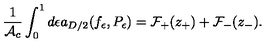
{ \frac { 1 } { { \cal A } _ { c } } } \int _ { 0 } ^ { 1 } d \epsilon a _ { D / 2 } ( f _ { \epsilon } , P _ { \epsilon } ) = { \cal F } _ { + } ( z _ { + } ) + { \cal F } _ { - } ( z _ { - } ) .